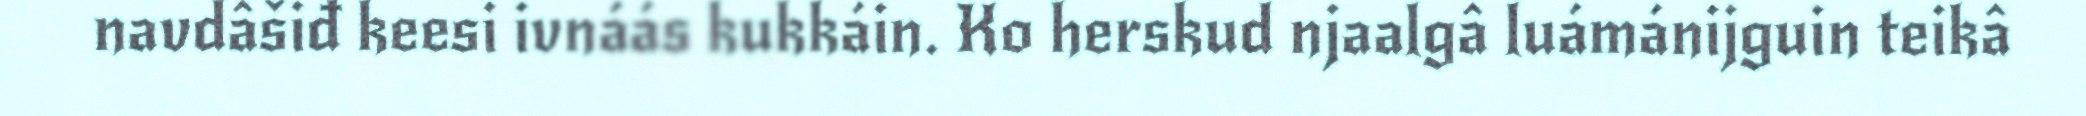
navdâšiđ keesi ivnáás kukkáin. Ko herskud njaalgâ luámánijguin teikâ